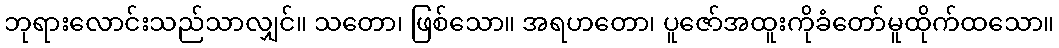
ဘုရားလောင်းသည်သာလျှင်။ သတော၊ ဖြစ်သော။ အရဟတော၊ ပူဇော်အထူးကိုခံတော်မူထိုက်ထသော။